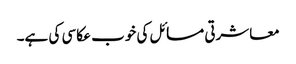
معاشرتی مسائل کی خوب عکاسی کی ہے۔